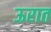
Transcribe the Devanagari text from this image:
ऊरात